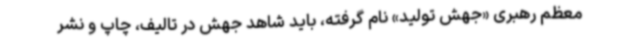
معظم رهبری «جهش تولید» نام گرفته، باید شاهد جهش در تالیف، چاپ و نشر